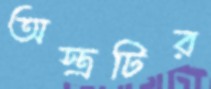
অস্ত্রটির